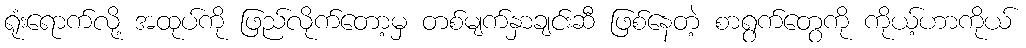
ရုံးရောက်လို့ အထုပ်ကို ဖြည်လိုက်တော့မှ တစ်မျက်နှာချင်းဆီ ဖြစ်နေတဲ့ စာရွက်တွေကို ကိုယ့်ဟာကိုယ်